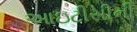
આઇટીસીની